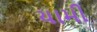
યામી